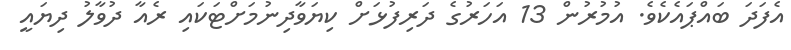
އެފަދަ ބައްޕައެކެވެ. އުމުރުން 13 އަހަރުގެ ދަރިފުޅަށް ކިޔަވާދިނުމަށްޓަކައި ރެއާ ދުވާލު ދިޔައީ